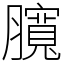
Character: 臗